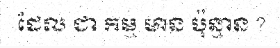
ដែល ជា កម្ម មាន ប៉ុន្មាន ?